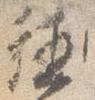
徳